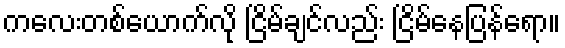
ကလေးတစ်ယောက်လို ငြိမ်ချင်လည်း ငြိမ်နေပြန်ရော။